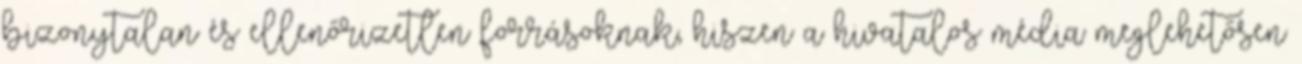
bizonytalan és ellenőrizetlen forrásoknak, hiszen a hivatalos média meglehetősen